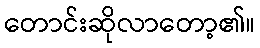
တောင်းဆိုလာတော့၏။